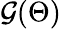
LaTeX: \mathcal{G}(\Theta)